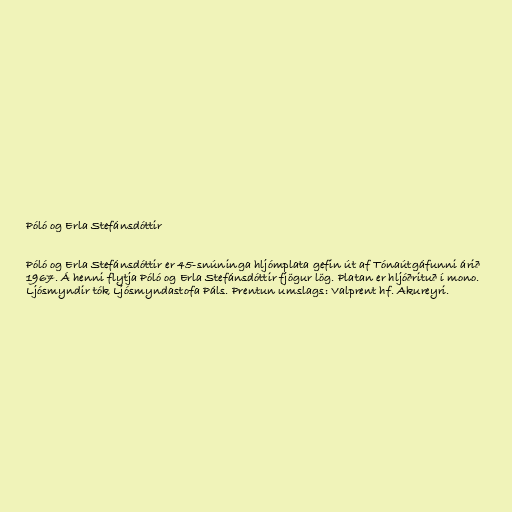
Póló og Erla Stefánsdóttir

Póló og Erla Stefánsdóttir er 45-snúninga hljómplata gefin út af Tónaútgáfunni árið
1967. Á henni flytja Póló og Erla Stefánsdóttir fjögur lög. Platan er hljóðrituð í mono.
Ljósmyndir tók Ljósmyndastofa Páls. Prentun umslags: Valprent hf. Akureyri.